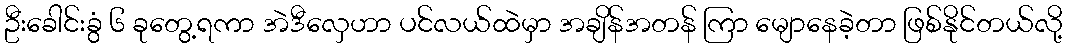
ဦးခေါင်းခွံ ၆ ခုတွေ့ရကာ အဲဒီလှေဟာ ပင်လယ်ထဲမှာ အချိန်အတန် ကြာ မျောနေခဲ့တာ ဖြစ်နိုင်တယ်လို့